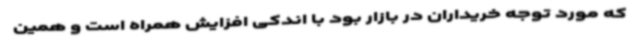
که مورد توجه خریداران در بازار بود با اندکی افزایش همراه است و همین